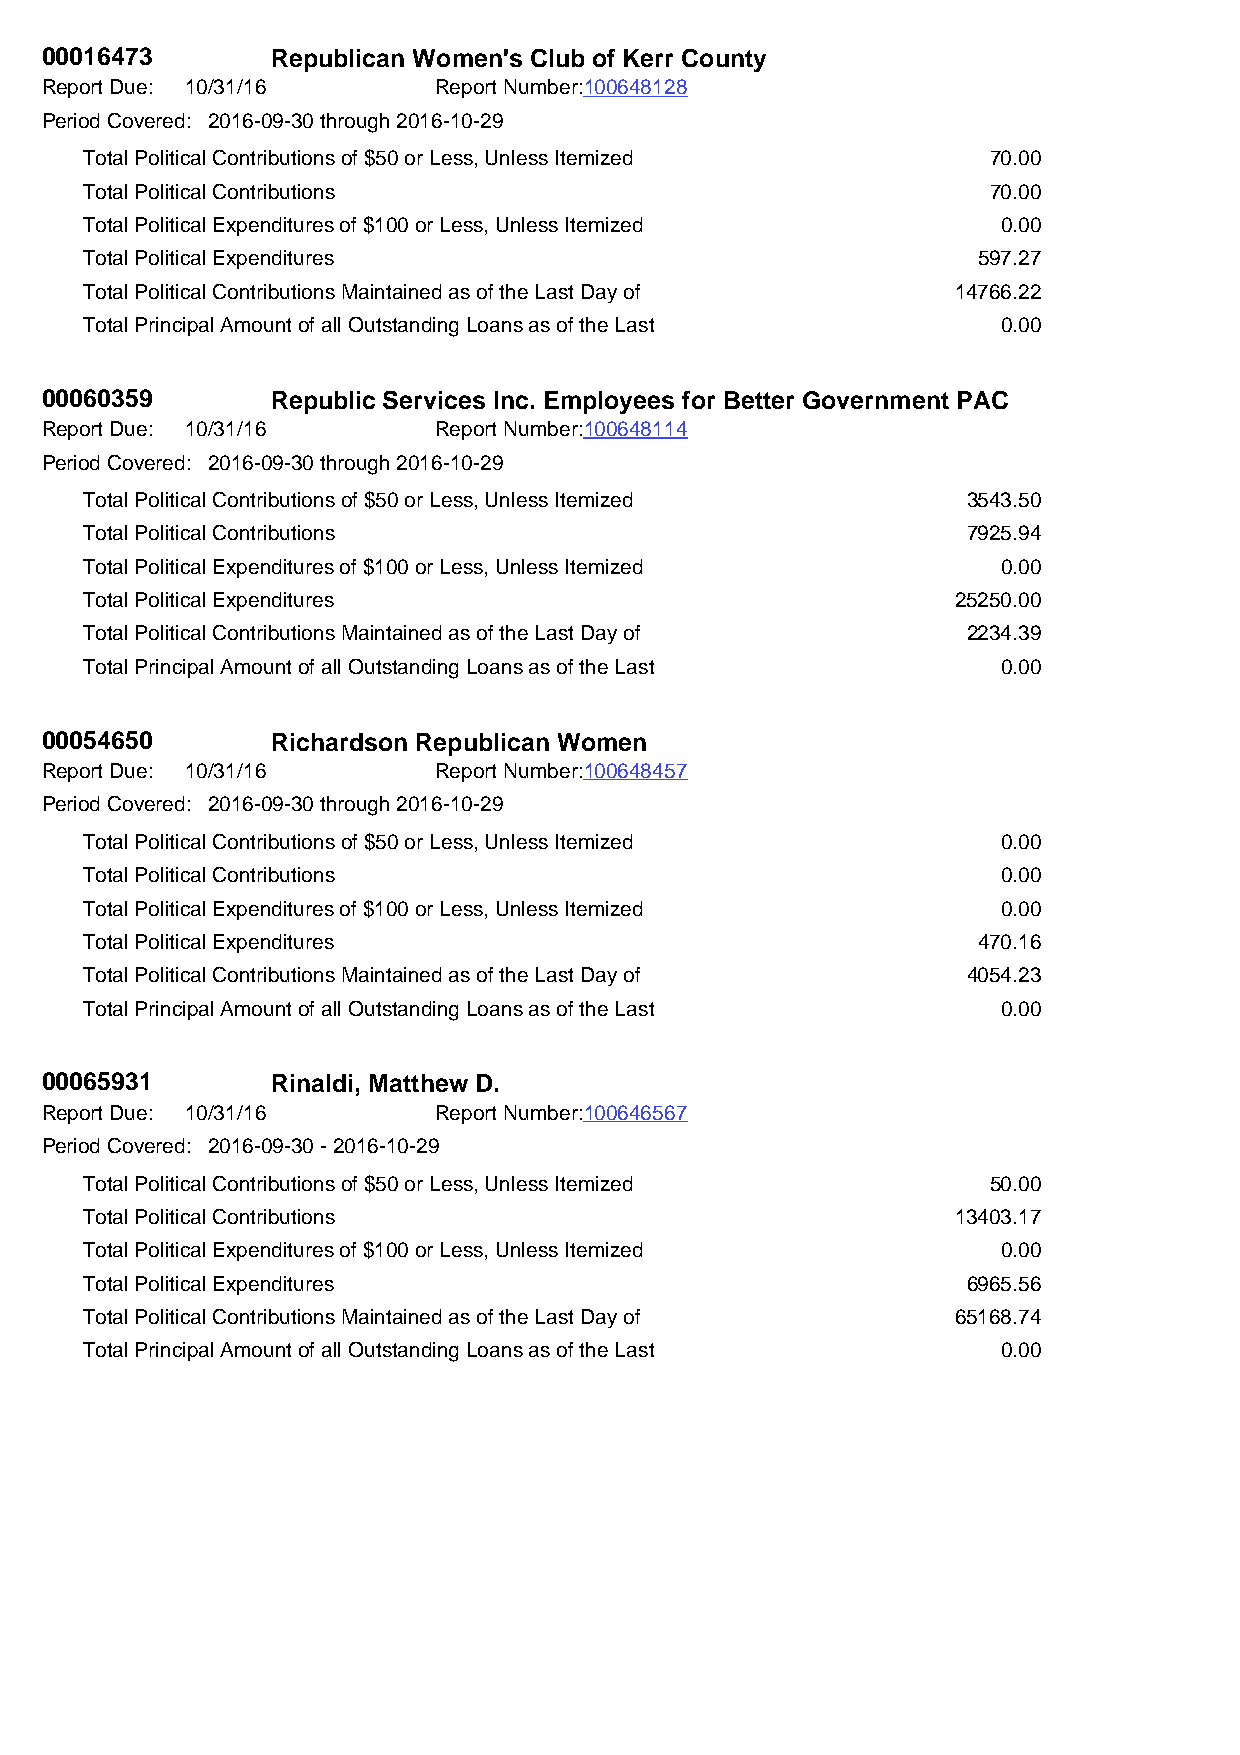
00016473       Republican Women's Club of Kerr County
 Report Due: 10/31/16      Report Number:100648128
 Period Covered: 2016-09-30 through 2016-10-29
 Total Political Contributions of $50 or Less, Unless Itemized 70.00
 Total Political Contributions                               70.00
 Total Political Expenditures of $100 or Less, Unless Itemized 0.00
 Total Political Expenditures                               597.27
 Total Political Contributions Maintained as of the Last Day of 14766.22
 Total Principal Amount of all Outstanding Loans as of the Last 0.00
 00060359       Republic Services Inc. Employees for Better Government PAC
 Report Due: 10/31/16      Report Number:100648114
 Period Covered: 2016-09-30 through 2016-10-29
 Total Political Contributions of $50 or Less, Unless Itemized 3543.50
 Total Political Contributions                             7925.94
 Total Political Expenditures of $100 or Less, Unless Itemized 0.00
 Total Political Expenditures                             25250.00
 Total Political Contributions Maintained as of the Last Day of 2234.39
 Total Principal Amount of all Outstanding Loans as of the Last 0.00
 00054650       Richardson Republican Women
 Report Due: 10/31/16      Report Number:100648457
 Period Covered: 2016-09-30 through 2016-10-29
 Total Political Contributions of $50 or Less, Unless Itemized 0.00
 Total Political Contributions                               0.00
 Total Political Expenditures of $100 or Less, Unless Itemized 0.00
 Total Political Expenditures                               470.16
 Total Political Contributions Maintained as of the Last Day of 4054.23
 Total Principal Amount of all Outstanding Loans as of the Last 0.00
 00065931       Rinaldi, Matthew D.
 Report Due: 10/31/16      Report Number:100646567
 Period Covered: 2016-09-30 - 2016-10-29
 Total Political Contributions of $50 or Less, Unless Itemized 50.00
 Total Political Contributions                            13403.17
 Total Political Expenditures of $100 or Less, Unless Itemized 0.00
 Total Political Expenditures                              6965.56
 Total Political Contributions Maintained as of the Last Day of 65168.74
 Total Principal Amount of all Outstanding Loans as of the Last 0.00